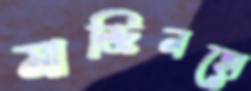
মাজিনহো